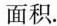
面积。